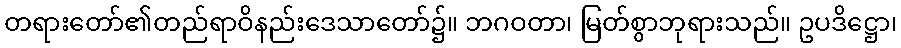
တရားတော်၏တည်ရာဝိနည်းဒေသာတော်၌။ ဘဂဝတာ၊ မြတ်စွာဘုရားသည်။ ဥပဒိဋ္ဌော၊